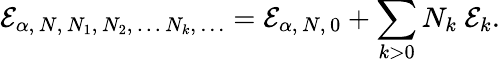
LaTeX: {\cal E}_{\alpha,\, N,\, N_{1},\, N_{2},\, \dots\, N_{k},\, \dots}={\cal E}_{\alpha,\, N,\, 0}+\sum_{k>0}N_{k}\ {\cal E}_{k}.